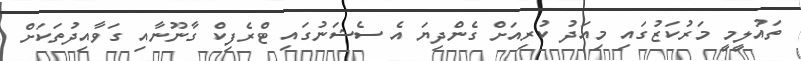
ތައުލީމީ މަރުކަޒުގައި މިއަދު ކުރިއަށް ގެންދިޔަ އެ ސެޝަނުގައި ޓްރެފިކް ގާނޫނާއި ގަވާއިދުތަކަށް